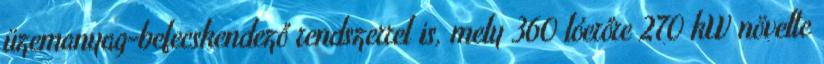
üzemanyag-befecskendező rendszerrel is, mely 360 lóerőre 270 kW növelte